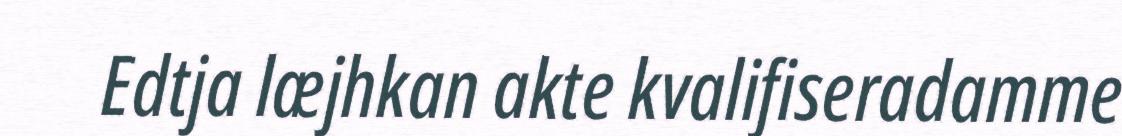
Edtja læjhkan akte kvalifiseradamme